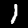
Label: 1